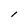
Character: l